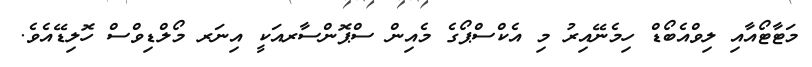
މަޓާޓޯއާއި ލިވްއެބޯޑް ހިމެނޭއިރު މި އެކްސްޕޯގެ މެއިން ސްޕޮންސާރއަކީ އިނަރ މޯލްޑިވްސް ހޮލިޑޭއެވެ.